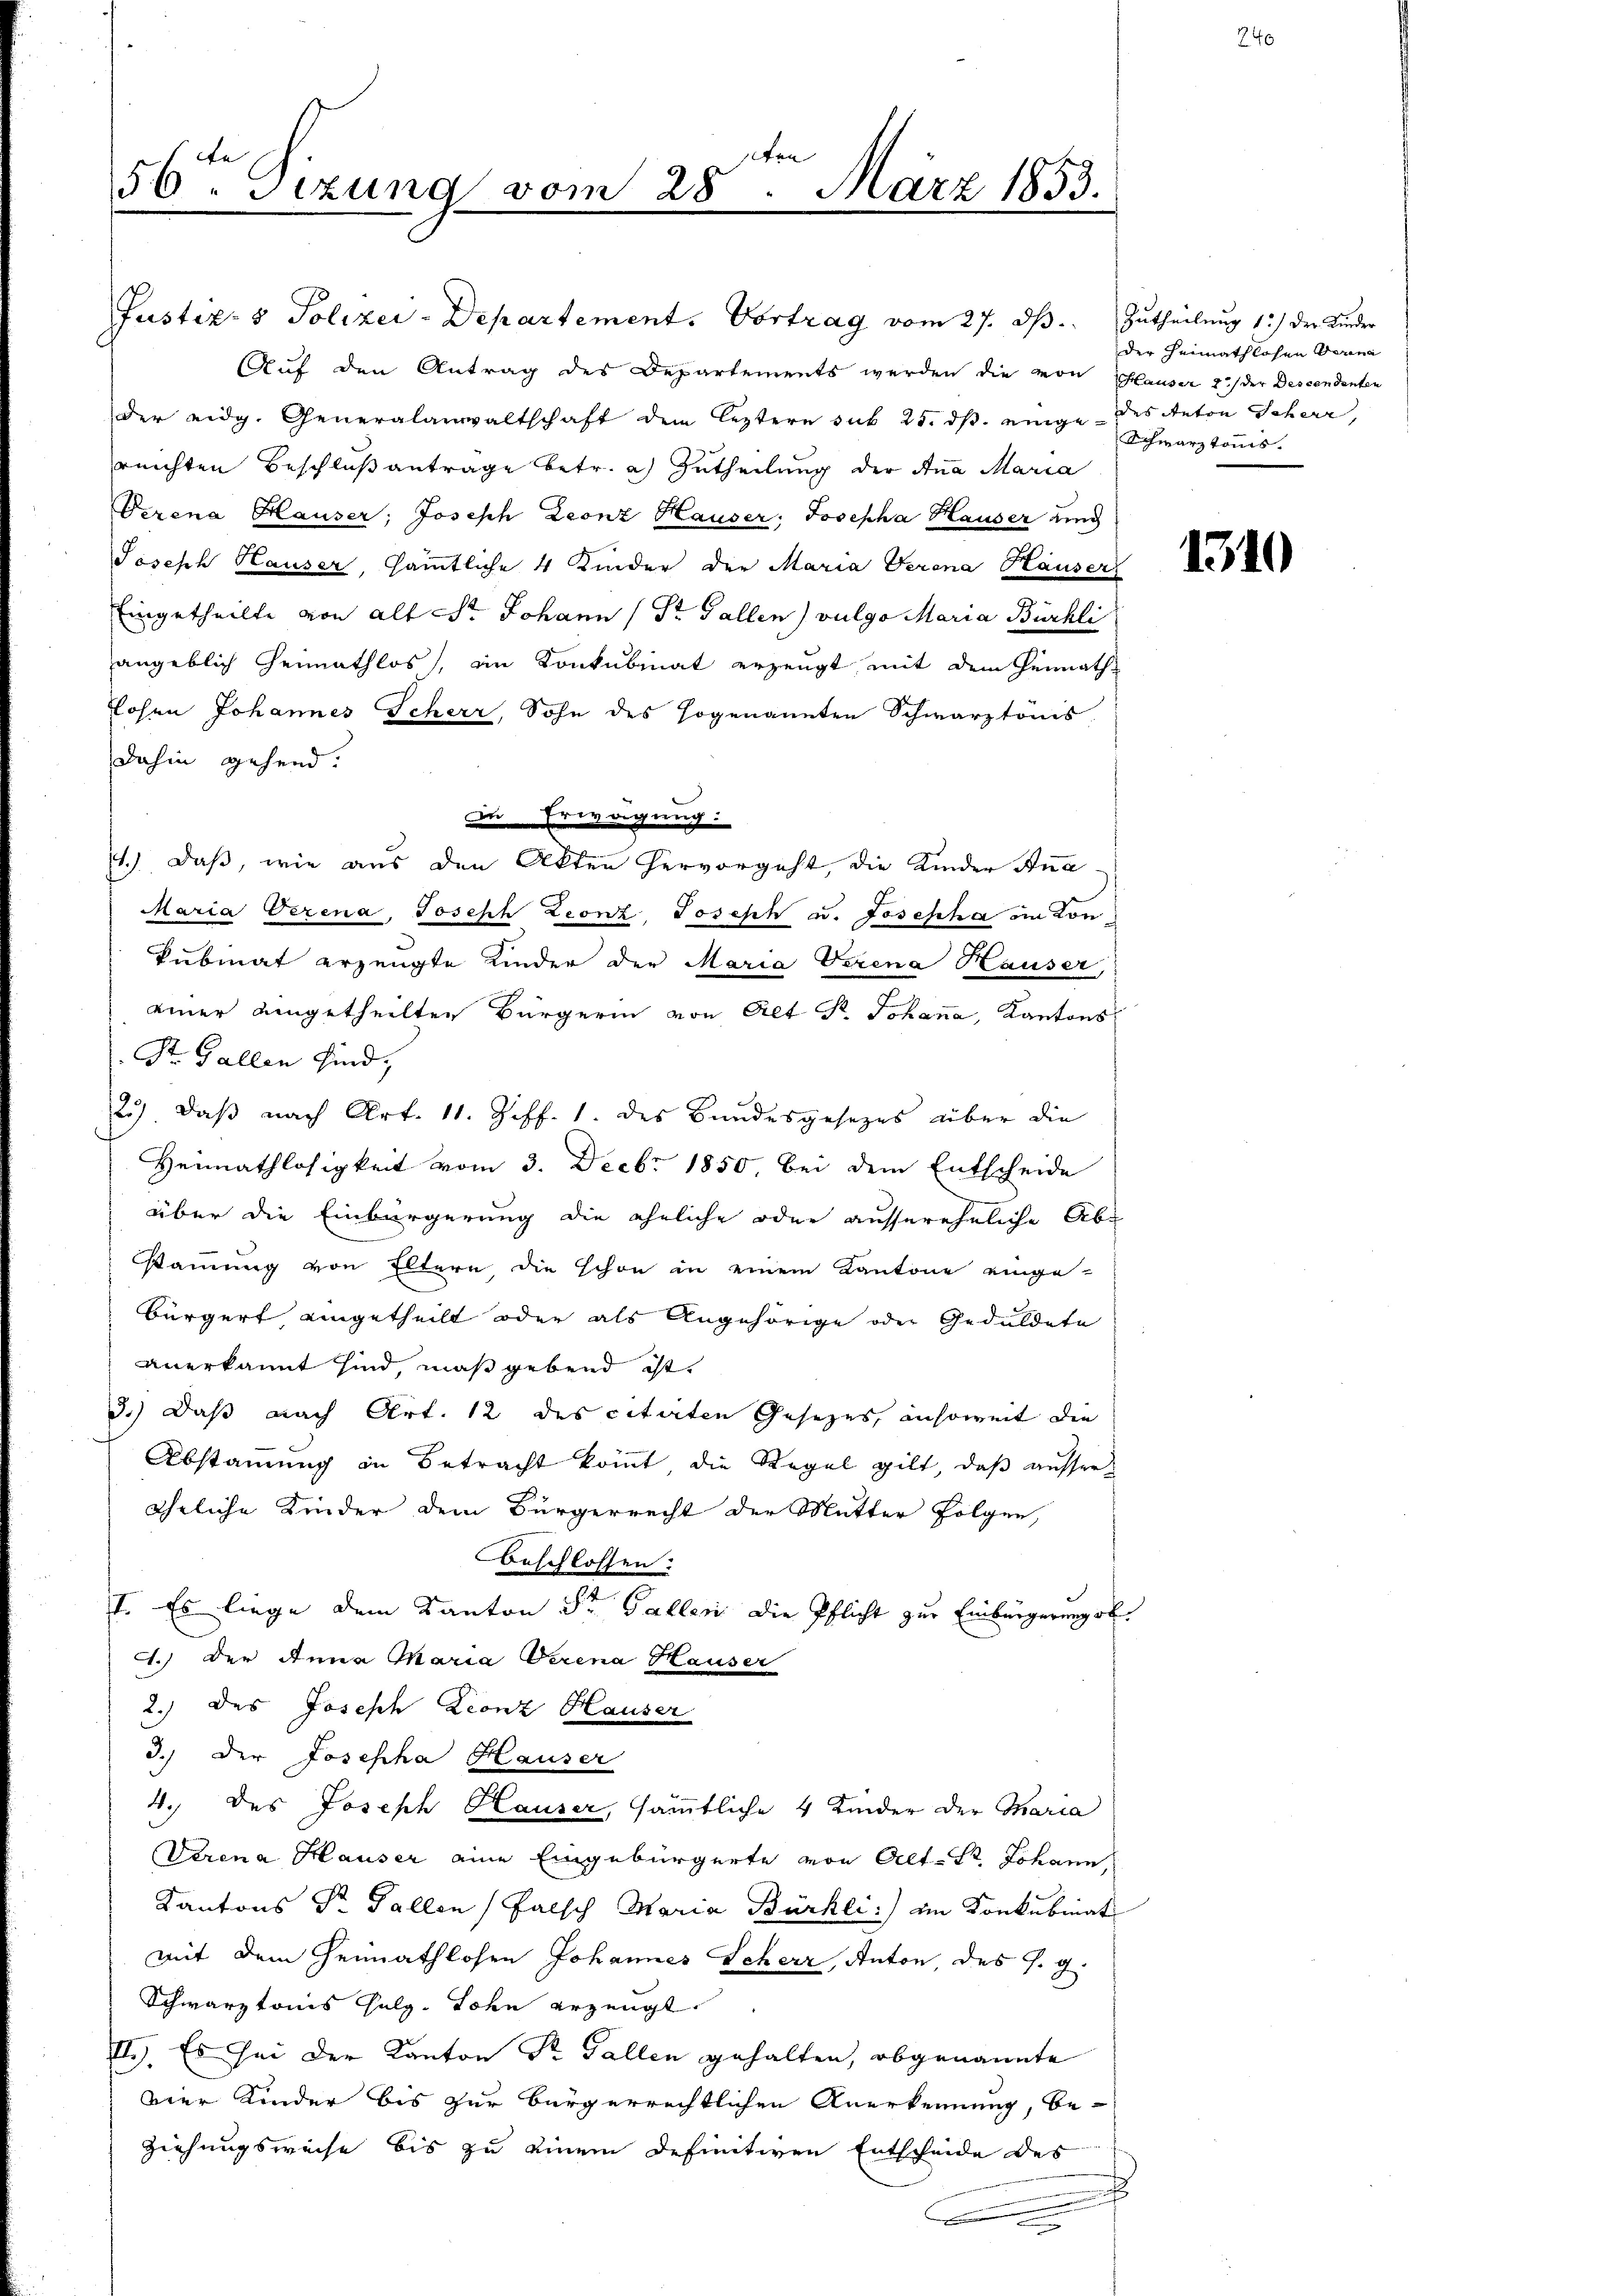
56ten Sizung vom 28. März 1853.

Auf den Antrag des Departements werden die von Hauser 2) der Descendenten
der eidg. Generalanwaltschaft dem leztern sub 25. dβ. einge des Anton Scherr,
reichten Beschlußantrage betr. a.) Zutheilung der Ana Maria
Verena Hauser, Joseph Leonz Hauser, Josepha Hauser und
Joseph Hauser, sämtliche 4 Kinder der Maria Verena Hauser
Eingetheilte von alt Sr. Johann (Dr. Gallen) vulgo Maria Bürkli
angeblich Heimathlos, in Konkubinat erzeugt, mit dem Pennath
Lohen Johannes Scherr, Sohn des sogenannten Schwarztonis
dahin gehend.
Die Erwägung:
11.) Daß, wie aus den Akten hervorgeht, die Kinder Ana¬
Maria Verena, Joseph Leonz Joseph u. Josepha in Lon¬
Submat erzeugte Kinder der Maria Verena Hauser,
einer angetheilten Bürgerin von Alt Hr. Johana, Kantons
Str. Gallen sind,
25). Daß nach Art. 11. Ziff. 1. des Bundesgesezes über die
Heimathlosigkeit vom 3. Decbr 1850, bei dem Entscheide
über die Einbürgerung die ähnliche oder aussereheliche Ab-
Stammung von Eltern, die schon in einem Kantone einge-
Bürgert eingetheilt oder als Angehörige oder Geduldete
anerkannt sind, maßgebend ist.
3.) Daß nach Art. 12 des citirten Gesetzes, ansoweit die
Abstammung in Betracht kommt, die Regel gilt, daß ausseräheliche Kinder dem Bürgerrecht der Mutter Folgen,
Beschlossen:
I. Es liege dem Kanton St. Gallen die Pflicht zur Einbürgerung ob.
4.) Der Anna Maria Verena Hauser
2.) des Joseph Leonz Hauser
3.) Der Josepha Hauser
4. des Joseph Hauser, sämmtliche 4 Kinder der Maria
Verena Hauser eine Eingebürgerte von Alt-St. Johann
Kantons Dr. Gallen Falsch Maria Bürkli im Konkubinat
mit dem Heimathlosen Johannes Seherr, Anton, des J. g.
Schwarztonis sulg. Lohn erzeugt.
II). Es sei der Kanton Dr. Gallen gehalten, obgenannte
vier Kinder bis zur Bürgerrechtlichen Anerkennung, be¬
Ziehungsweise bis zu einem definitiven Entscheide des
x

Justiz- & Polizei-Departement. Vortrag vom 27. ds. Zutheilung 1.) der Kinder

der Heimathlosen Berna
Schwarztonis.

1310